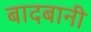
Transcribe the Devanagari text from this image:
बादबानी